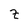
Character: z